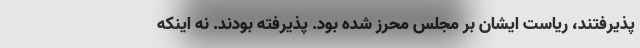
پذیرفتند، ریاست ایشان بر مجلس محرز شده بود. پذیرفته بودند. نه اینکه